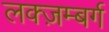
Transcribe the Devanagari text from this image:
लक्ज़म्बर्ग